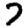
Digit: 7